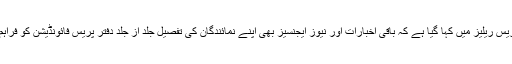
ترجمان آزاد جموں و کشمیر پریس فائونڈیشن کی جانب سے جاری کردہ پریس ریلیز میں کہا گیا ہے کہ باقی اخبارات اور نیوز ایجنسیز بھی اپنے نمائندگان کی تفصیل جلد از جلد دفتر پریس فائونڈیشن کو فراہم کریں تاکہ ان کے نمائندگان کو ایکریڈیٹیشن کارڈز جاری کیے جا سکیں ۔